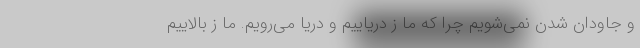
و جاودان شدن نمی‌شویم چرا که ما ز دریاییم و دریا می‌رویم. ما ز بالاییم